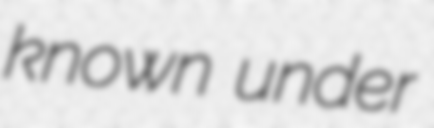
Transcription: known under